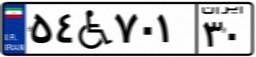
۲۵W۱۸۸۱۸